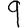
Digit: 9